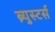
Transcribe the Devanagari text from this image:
ब्र्युस्टर्स